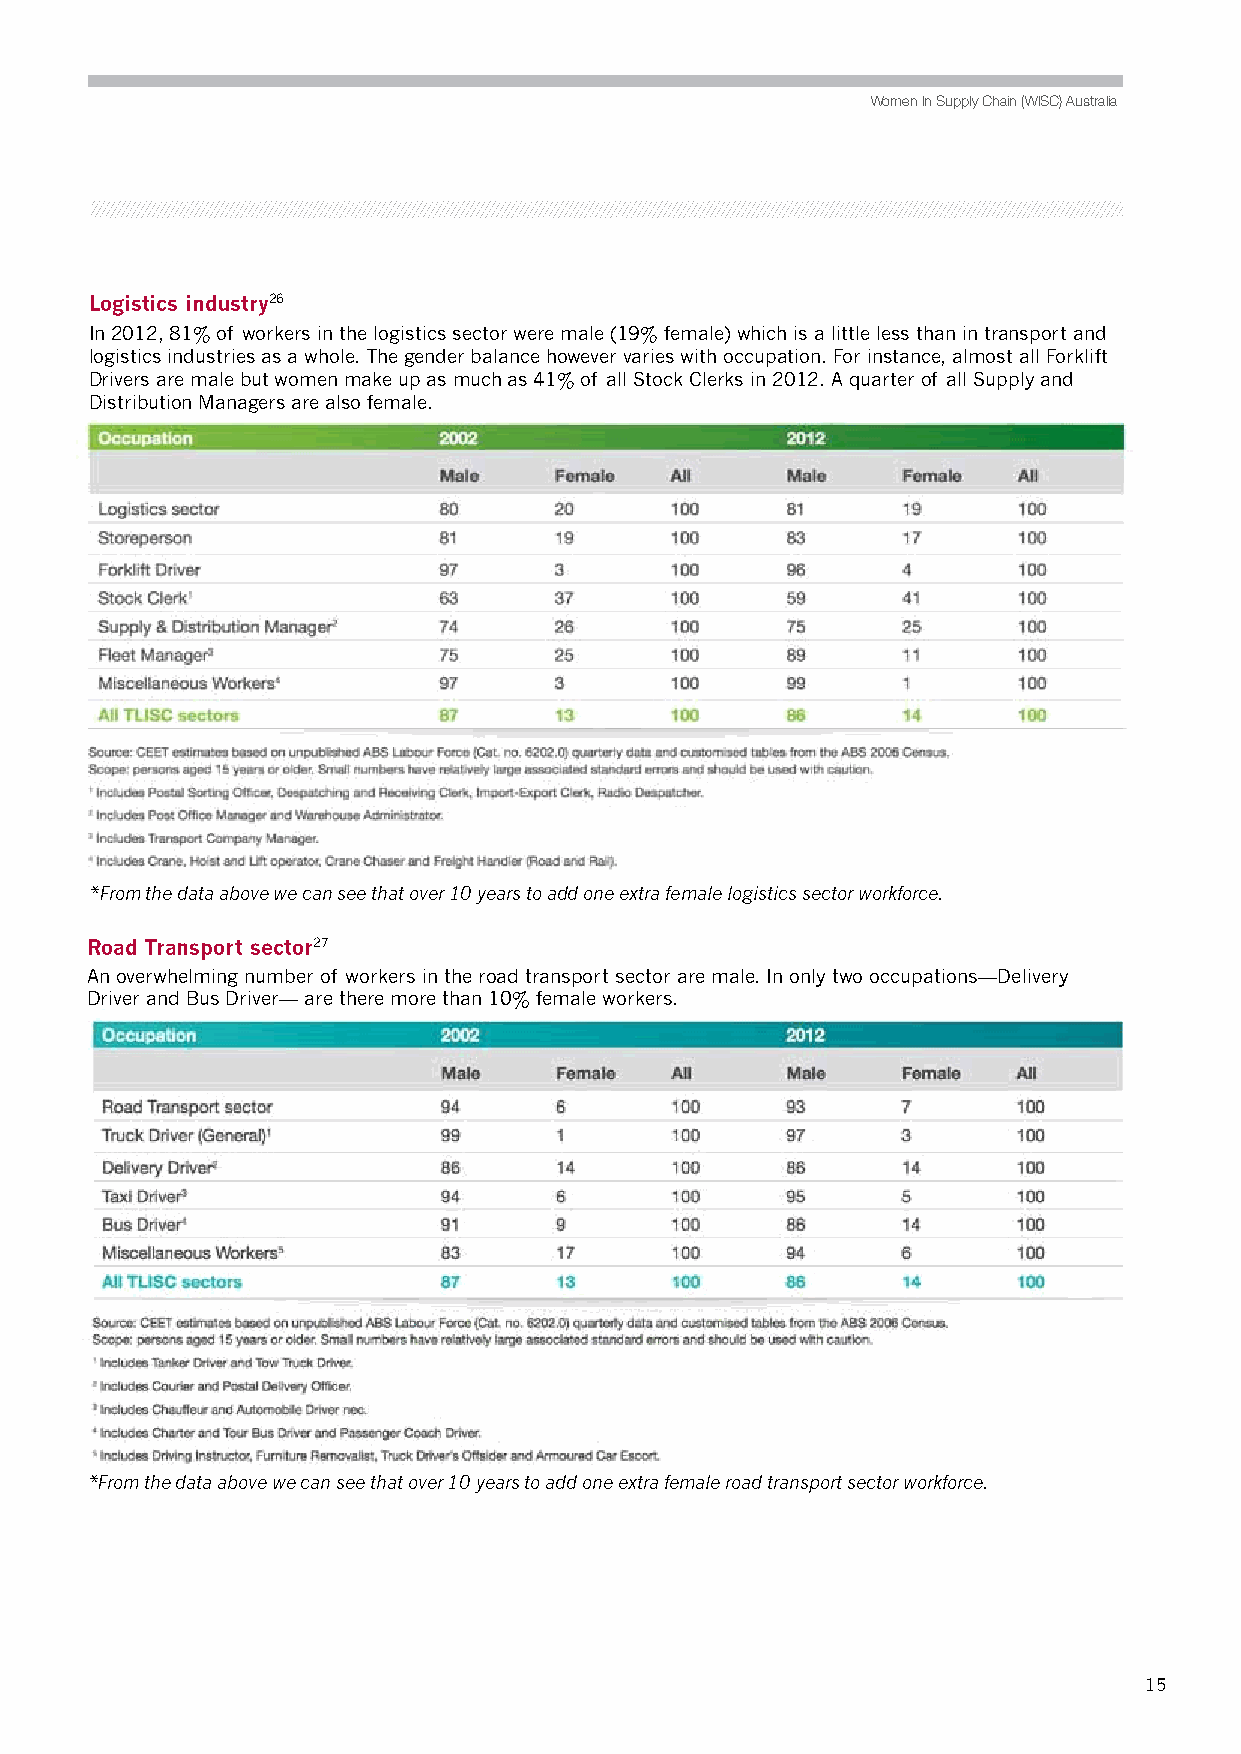
Women In Supply Chain (WISC) Australia
 Logistics industry26
 In 2012, 81% of workers in the logistics sector were male (19% female) which is a little less than in transport and
 logistics industries as a whole. The gender balance however varies with occupation. For instance, almost all Forklift
 Drivers are male but women make up as much as 41% of all Stock Clerks in 2012. A quarter of all Supply and
 Distribution Managers are also female.
 *From the data above we can see that over 10 years to add one extra female logistics sector workforce.
 Road Transport sector27
 An overwhelming number of workers in the road transport sector are male. In only two occupations—Delivery
 Driver and Bus Driver— are there more than 10% female workers.
 *From the data above we can see that over 10 years to add one extra female road transport sector workforce.
 15